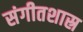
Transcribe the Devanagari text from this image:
संगीतशास्र